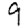
Digit: 9